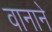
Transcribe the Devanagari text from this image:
वानाने